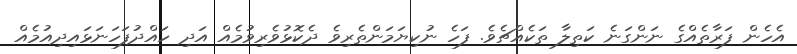
އެހެން ފަރާތެއްގެ ނަންގަނެ ކަތިލާ ތަކެއްޗެވެ. ފަހެ ނުކިޔަމަންތެރިވެ ދެކޮޅުވެރިވުމެއް އަދި ހައްދުފަހަނަޅައިދިއުމެއް